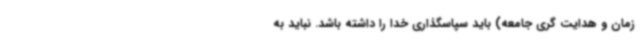
زمان و هدایت گری جامعه) باید سپاسگذاری خدا را داشته باشد. نباید به